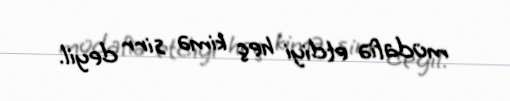
müdafiə etdiyi heç kimə sirr deyil.